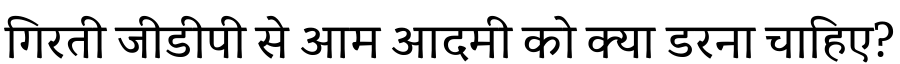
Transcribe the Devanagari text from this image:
गिरती जीडीपी से आम आदमी को क्या डरना चाहिए?